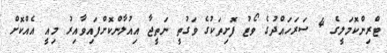
ޓްރިންކޮމަލީގެ 4 ސަރަހައްދުގެ ވޯޓު ފޮށިތަކުގެ ވަގުތީ ނަތީޖާ އިއުލާންކޮށްފައިވާއިރު މިއީ އެއްކޮށް